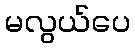
မလွယ်ပေ